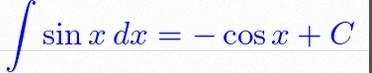
\int \sin x\,dx=-\cos x+C